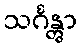
သင်္ဂန္တွာ